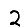
Digit: 2